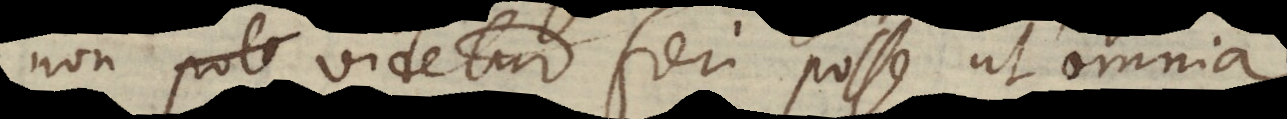
non videtur fieri posse, ut omnia